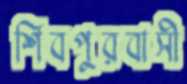
শিবপুরবাসী